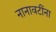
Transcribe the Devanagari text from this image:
नानावटींना